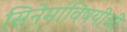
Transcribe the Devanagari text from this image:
सिनेमांविषयीची